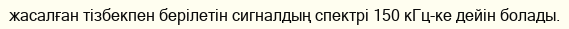
жасалған тізбекпен берілетін сигналдың спектрі 150 кГц-ке дейін болады.